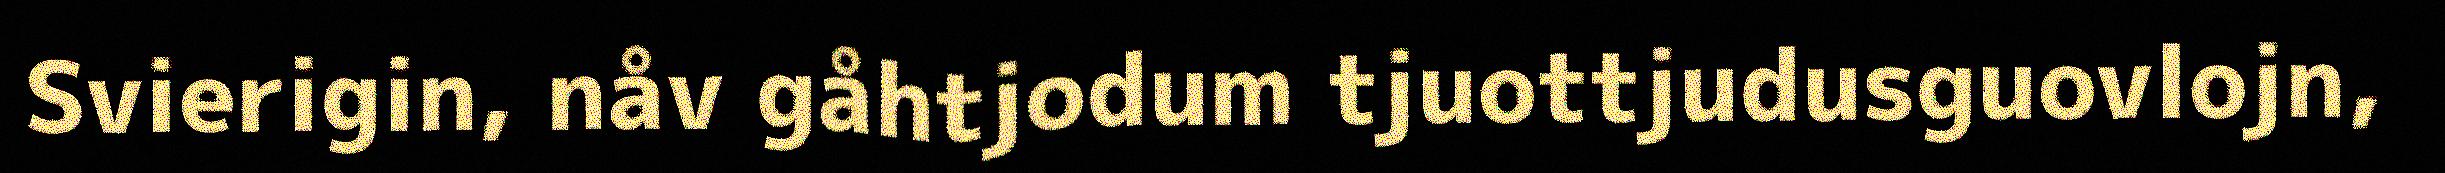
Svierigin, nåv gåhtjodum tjuottjudusguovlojn,